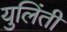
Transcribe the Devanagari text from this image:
युलिंती